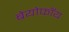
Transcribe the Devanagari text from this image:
बेयोफॉय